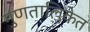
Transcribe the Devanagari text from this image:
गुणतालिकेत